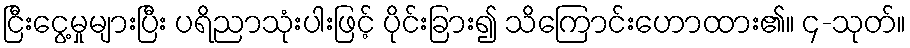
ငြီးငွေ့မှုများပြီး ပရိညာသုံးပါးဖြင့် ပိုင်းခြား၍ သိကြောင်းဟောထား၏။ ၄-သုတ်။